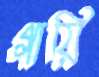
গায়ি